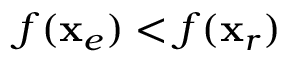
f ( \mathbf { x } _ { e } ) < f ( \mathbf { x } _ { r } )